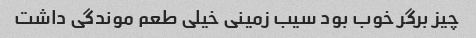
چیز برگر خوب بود سیب زمینی خیلی طعم موندگی داشت